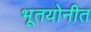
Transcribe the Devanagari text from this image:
भूतयोनीत